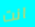
انت